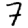
Digit: 7